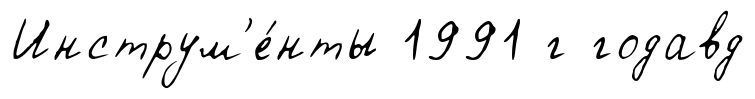
Инструм'е́нты 1991 г годавд